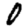
Digit: 0